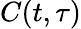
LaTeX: C(t,\tau)